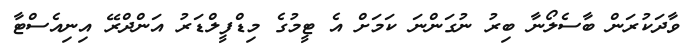
ވާދަކުރަން ބާސެލޯނާ ބިރު ނުގަންނަ ކަމަށް އެ ޓީމުގެ މިޑްފީލްޑަރު އަންދްރޭ އިނިއެސްޓާ